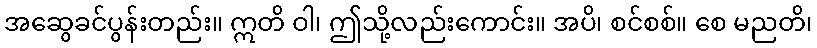
အဆွေခင်ပွန်းတည်း။ ဣတိ ဝါ၊ ဤသို့လည်းကောင်း။ အပိ၊ စင်စစ်။ စေ မညတိ၊